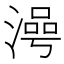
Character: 𣻵